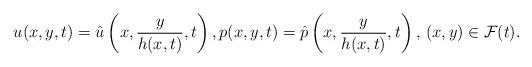
LaTeX: \begin{align*} u(x,y,t) = \hat{u} \left(x, \dfrac{y}{h(x,t)},t\right), p(x,y,t) = \hat{p}\left(x,\dfrac{y}{h(x,t)},t\right),\, (x, y)\in {\mathcal F}(t).\end{align*}